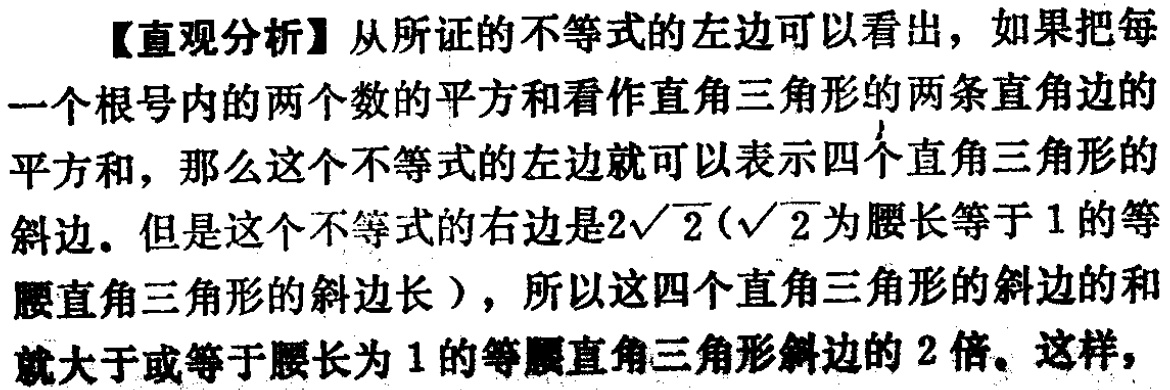
【直观分析】从所证的不等式的左边可以看出，如果把每一个根号内的两个数的平方和看作直角三角形的两条直角边的平方和，那么这个不等式的左边就可以表示四个直角三角形的斜边。但是这个不等式的右边是\(2\sqrt{2}(\sqrt{2}\)为腰长等于\(1\)的等腰直角三角形的斜边长），所以这四个直角三角形的斜边的和就大于或等于腰长为\(1\)的等腰直角三角形斜边的\(2\)倍。这样，